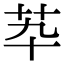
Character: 𦬡